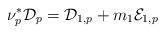
LaTeX: \begin{align*}\nu_p^* \mathcal{D}_p = \mathcal{D}_{1,p} + m_1 \mathcal{E}_{1,p} \end{align*}